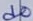
Text: d0